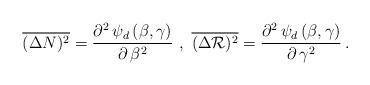
LaTeX: \begin{align*}\overline{(\Delta N)^2} = \frac{\partial^2 \, \psi_d \, (\beta ,\gamma)}{\partial \, \beta^2} \ , \ \overline{(\Delta {\cal R})^2} =\frac{\partial^2 \, \psi_d \, (\beta , \gamma)}{\partial \, \gamma^2}\, . \end{align*}